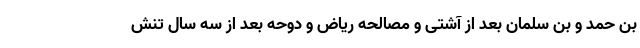
بن حمد و بن سلمان بعد از آشتی و مصالحه ریاض و دوحه بعد از سه سال تنش